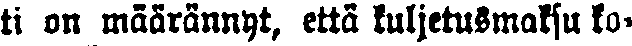
ti on määrännyt, että kuljetusmaksu ko-